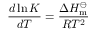
{ \frac { d \ln K } { d T } } = { \frac { \Delta H _ { \mathrm { m } } ^ { \ominus } } { R T ^ { 2 } } }